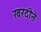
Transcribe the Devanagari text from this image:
खरदीने